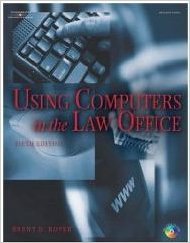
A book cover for Using Computers in the Law Office 5TH Edition; Brent Roper; Law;